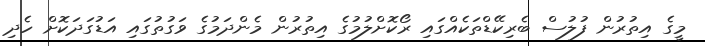
މީގެ އިތުރުން ފުލުސް ބެރިކޭޑްތަކެއްގައި ރޯކޮށްލުމުގެ އިތުރުން މެންދަމުގެ ވަގުތުގައި އަޑުގަދަކޮށް ހެދި